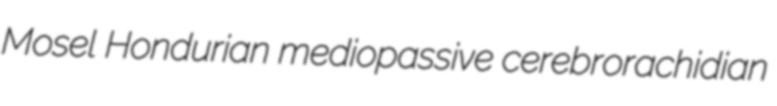
Mosel Hondurian mediopassive cerebrorachidian